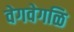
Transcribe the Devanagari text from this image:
वेगवेगळि